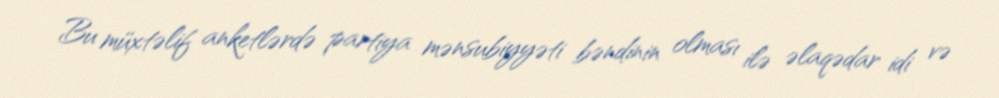
Bu müxtəlif anketlərdə partiya mənsubiyyəti bəndinin olması ilə əlaqədar idi və